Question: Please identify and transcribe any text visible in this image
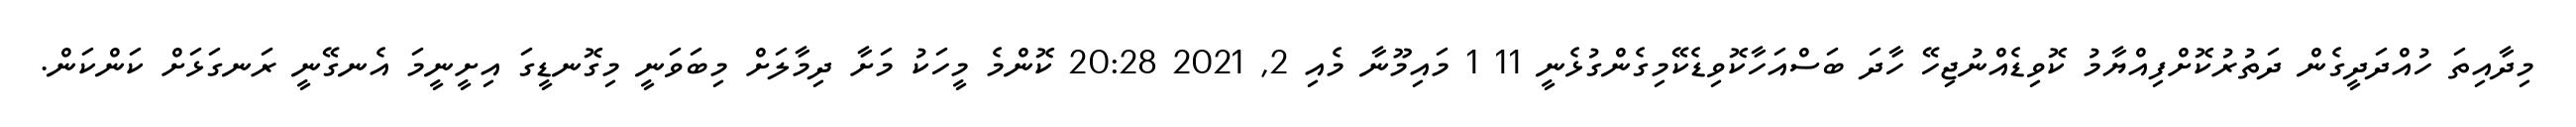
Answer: މިދާއިތަ ހުއްދަދީގެން ދަތުރުކޮށްފިއްޔާމު ކޮވިޑެއްނުޖިހޭ ހާދަ ބަސްއަހާކޮވިޑެކޭމިގެންގުޅެނީ 11 1 މައިމޫނާ މެއި 2, 2021 20:28 ކޮންމެ މީހަކު މަށާ ދިމާލަށް މިބަވަނީ މިގޮނޑީގަ އިށީނީމަ އެނގޭނީ ރަނގަޅަށް ކަންކަން.